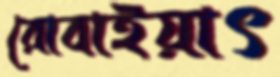
রোবাইয়াৎ